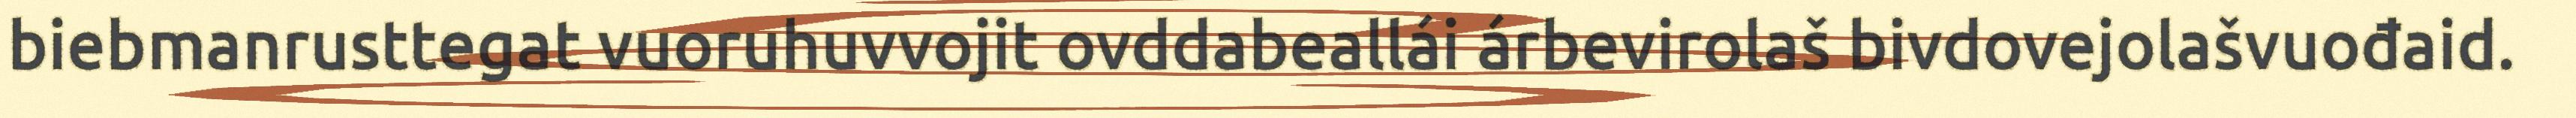
biebmanrusttegat vuoruhuvvojit ovddabeallái árbevirolaš bivdovejolašvuođaid.